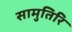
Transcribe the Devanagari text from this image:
सामुतिरि